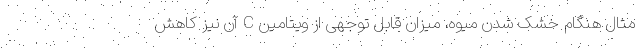
مثال هنگام خشک شدن میوه، میزان قابل توجهی از ویتامین C آن نیز کاهش